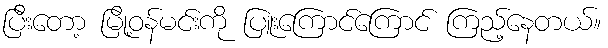
ပြီးတော့ မြို့ဝန်မင်းကို ပြူးကြောင်ကြောင် ကြည့်နေတယ်။